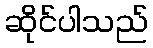
ဆိုင်ပါသည်